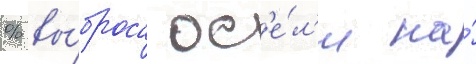
% вы́броса ос'е́л'и на́